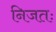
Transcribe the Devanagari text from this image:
निजतः